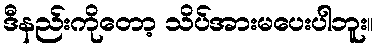
ဒီနည်းကိုတော့ သိပ်အားမပေးပါဘူး။